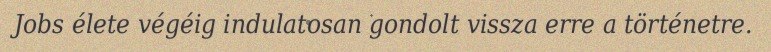
Jobs élete végéig indulatosan gondolt vissza erre a történetre.